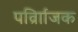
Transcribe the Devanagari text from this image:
पर्व्राािजक